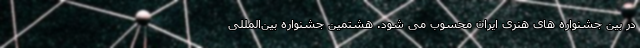
در بین جشنواره های هنری ایران محسوب می شود. هشتمین جشنواره بین‌المللی